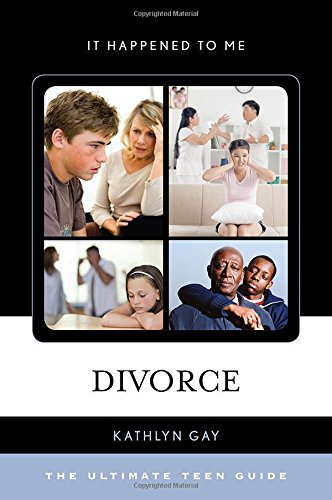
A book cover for Divorce: The Ultimate Teen Guide (It Happened to Me); Kathlyn Gay; Teen & Young Adult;